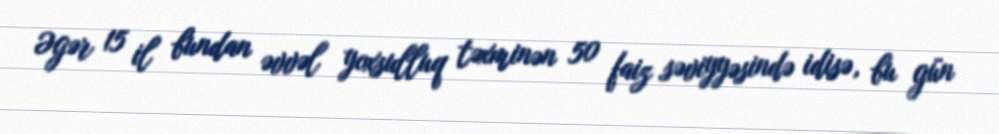
Əgər 15 il bundan əvvəl yoxsulluq təxminən 50 faiz səviyyəsində idisə, bu gün